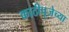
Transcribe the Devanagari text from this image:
काठीपूजेच्या